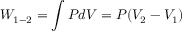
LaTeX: W _ { 1 - 2 } = \int P d V = P ( V _ { 2 } - V _ { 1 } )